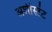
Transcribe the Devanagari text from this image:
अशीस्टंट